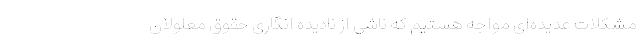
مشکلات عدیده‌ای مواجه هستیم که ناشی از نادیده انگاری حقوق معلولان